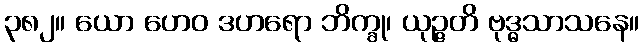
၃၈၂။ ယော ဟေဝ ဒဟရော ဘိက္ခု၊ ယုဉ္ဇတိ ဗုဒ္ဓသာသနေ။